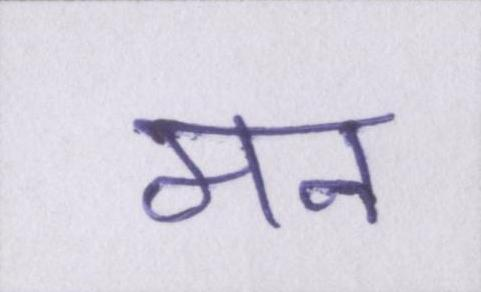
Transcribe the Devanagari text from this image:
मन